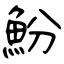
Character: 魵